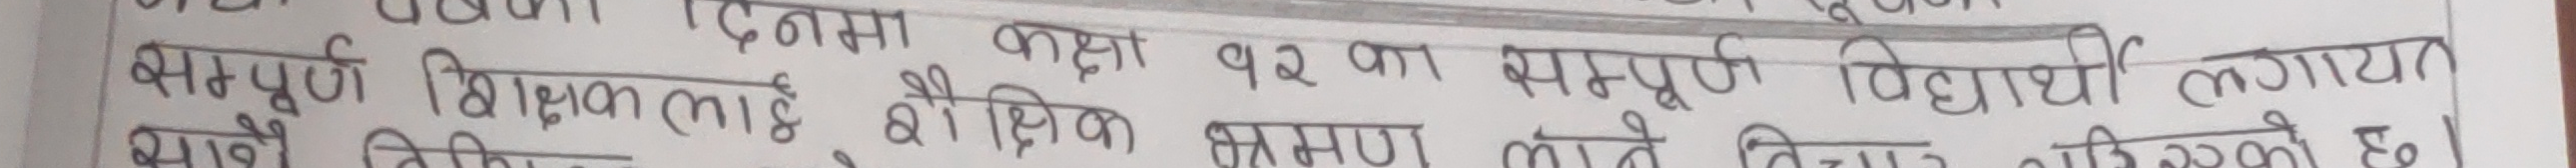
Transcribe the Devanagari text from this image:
सम्पूर्ण शिक्षकलाई शैक्षिक भ्रमण लाने विचार गरिएको छ ।